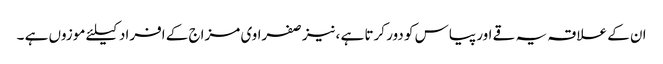
ان کے علاقہ یہ قے اور پیاس کو دور کرتا ہے ،نیز صفراوی مزاج کے افراد کیلئے موزوں ہے ۔